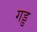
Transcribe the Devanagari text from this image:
गड्ड